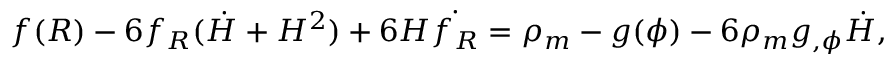
f ( R ) - 6 f _ { R } ( \dot { H } + H ^ { 2 } ) + 6 H \dot { f _ { R } } = \rho _ { m } - g ( \phi ) - 6 \rho _ { m } g _ { , \phi } \dot { H } ,